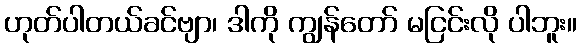
ဟုတ်ပါတယ်ခင်ဗျာ၊ ဒါကို ကျွန်တော် မငြင်းလို ပါဘူး။